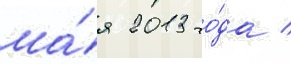
ма́я 2013 го́да /